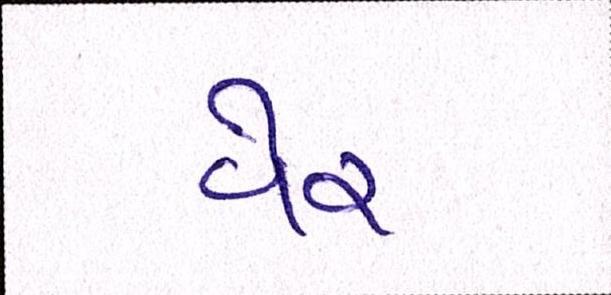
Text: વેર